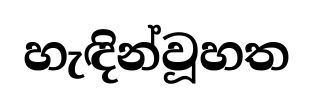
හැඳින්වූහත